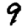
Digit: 9